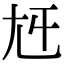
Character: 𡯍